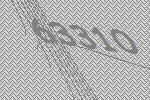
63310